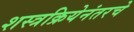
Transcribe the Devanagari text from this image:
शस्त्रक्रियेनंतरचे